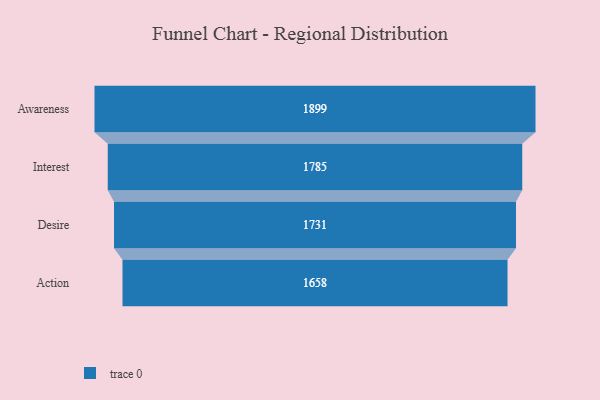
{"axis": {"x": "Stage", "y": "Value"}, "legend": [""], "data": [{"x": "Awareness", "y": 1899.0, "type": ""}, {"x": "Interest", "y": 1785.0, "type": ""}, {"x": "Desire", "y": 1731.0, "type": ""}, {"x": "Action", "y": 1658.0, "type": ""}]}